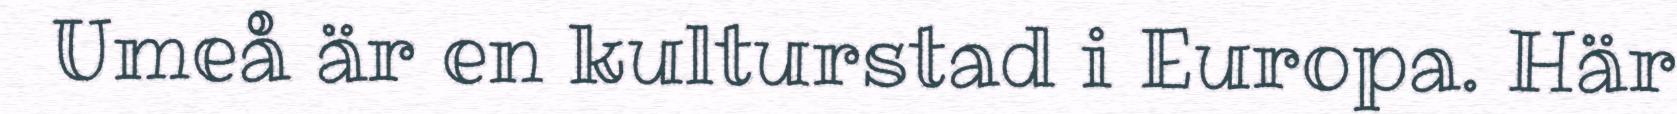
Umeå är en kulturstad i Europa. Här